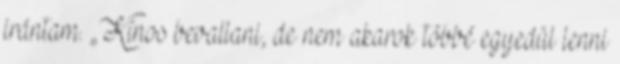
irántam. „Kínos bevallani, de nem akarok többé egyedül lenni